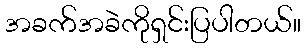
အခက်အခဲကိုရှင်းပြပါတယ်။